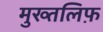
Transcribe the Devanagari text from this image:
मुख्तलिफ़